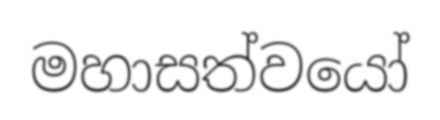
මහාසත්වයෝ